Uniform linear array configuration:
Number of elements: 12
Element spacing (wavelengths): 1
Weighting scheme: blackman
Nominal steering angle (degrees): -60
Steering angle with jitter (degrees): -61.078
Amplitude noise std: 0.05
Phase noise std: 0.05

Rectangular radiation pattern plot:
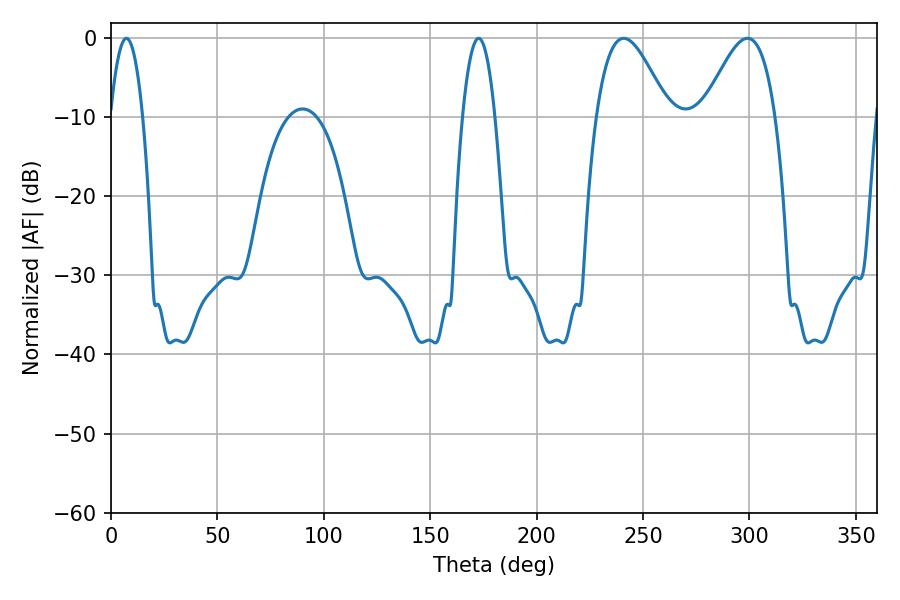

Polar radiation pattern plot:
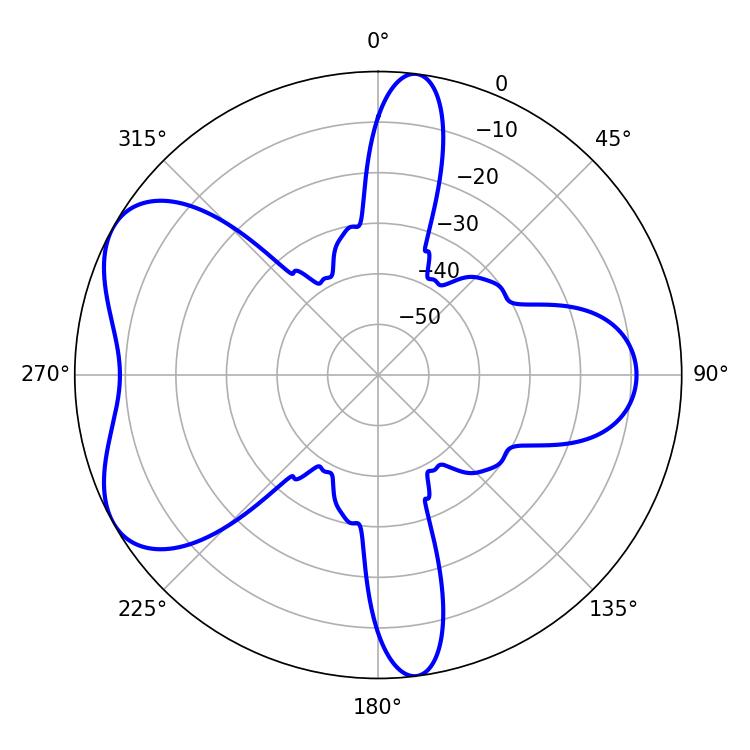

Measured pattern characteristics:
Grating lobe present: TRUE
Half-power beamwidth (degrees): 18.18
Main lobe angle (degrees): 240.84